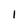
Character: 1